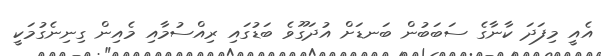
އެއީ މިފަދަ ކާނާގެ ސަބަބުން ބަނޑަށް އުދަގޫވެ ބަޑުގައި ރިއްސުމާއި މެއިން ގިނިނެގުމަކީ